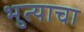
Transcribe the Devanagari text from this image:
भुत्याचा